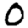
Digit: 0